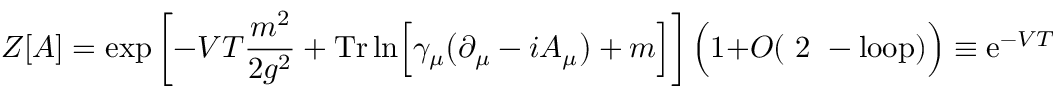
Z [ A ] = \exp \left[ - V T { \frac { m ^ { 2 } } { 2 g ^ { 2 } } } + \mathrm { T r } \ln \Bigl [ \gamma _ { \mu } \bigl ( \partial _ { \mu } - i A _ { \mu } \bigr ) + m \Bigr ] \right] \Bigl ( 1 + O ( \mathrm { ~ 2 ~ - l o o p } ) \Bigr ) \equiv { \mathrm e } ^ { - V T { \mathrm { \Large ~ v ~ } } _ { \mathrm { T } } } \Bigl ( 1 + O ( \mathrm { ~ 2 ~ - l o o p } ) \Bigr ) \ ,